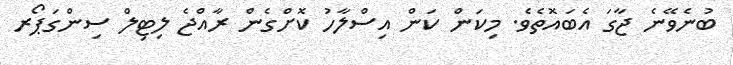
ބުނެވޭނެ ޖާގަ އެބައޮތެވެ. މިކަން ކަން އިސްލާހު ކޮށްގެން ރާއްޖެ ލިޓިލް ސިންގަޕޯރ